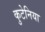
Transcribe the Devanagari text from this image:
कुटेनिया